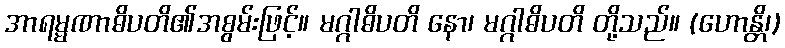
အာရမ္မဏာဓိပတိ၏အစွမ်းဖြင့်။ မဂ္ဂါဓိပတိ နော၊ မဂ္ဂါဓိပတိ တို့သည်။ (ဟောန္တိ၊)